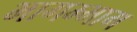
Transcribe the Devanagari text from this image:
भागम्भाग